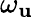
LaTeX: \omega_{\mathbf{u}}